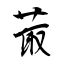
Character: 菆